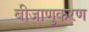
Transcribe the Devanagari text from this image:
बीजाणुकरण